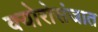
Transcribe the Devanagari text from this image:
क्योरोसंजात